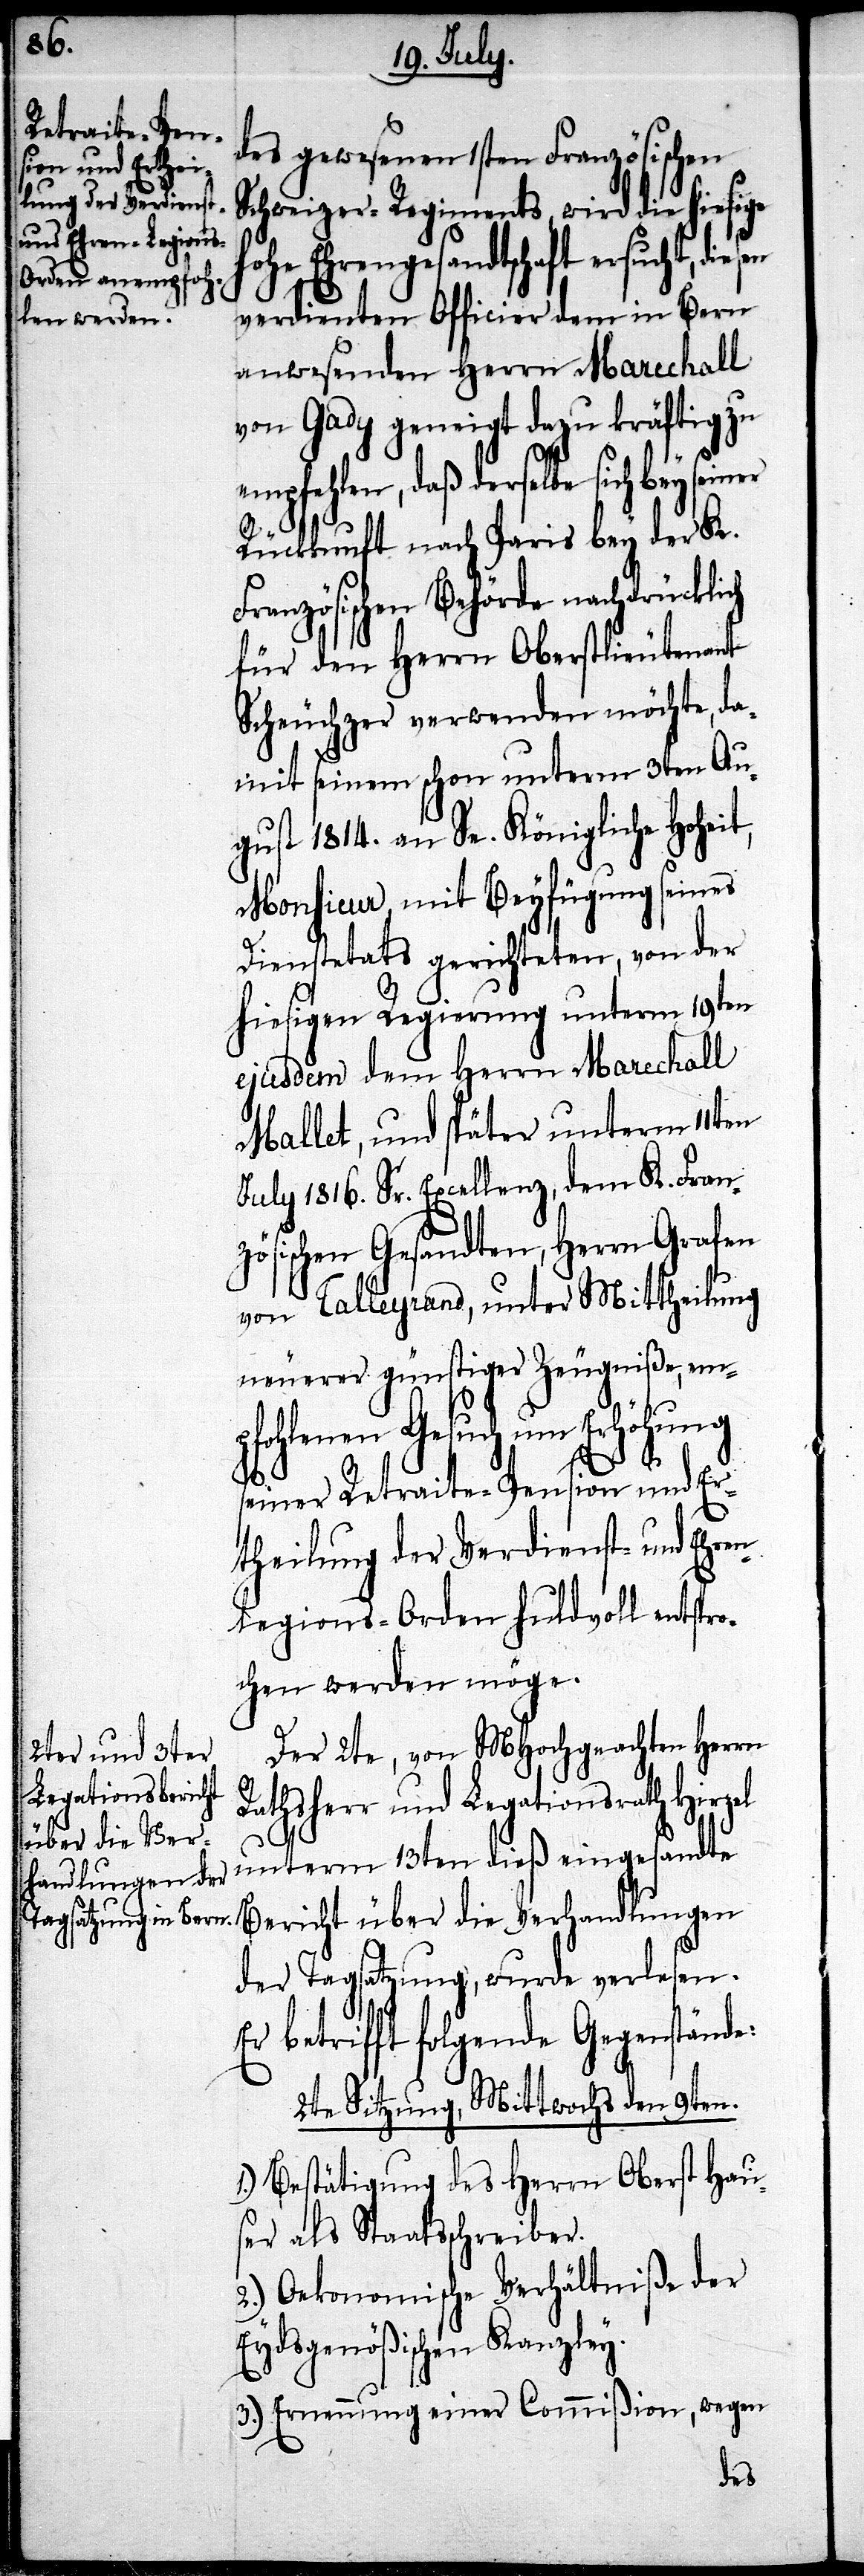
des gewesenen 1sten Französischen
Schweizer-Regiments, wird die hiesige
hohe Ehrengesandtschaft ersucht,
verdienten Officier dem in Bern
anwesenden Herrn Marechall
von Gady geneigt dazu kräftig zu
empfehlen, daß derselbe sich bey seiner
Rückkunft nach Paris bey der K.
Französischen Behörde nachdrücklich
für den Herrn Oberstlieutenant
Scheuchzer verwenden möchte, da¬
mit seinem schon unterm 3ten Au¬
gust 1814. an Se. Königliche Hoheit,
Monsieur, mit Beyfügung seines
Dienstetats gerichteten, von der
hiesigen Regierung unterm 19ten
ejusdem dem Herrn Marechall
Mallet, und später unterm 11ten
July 1816. Sr. Excellenz, dem K. Fran¬
zösischen Gesandten, Herrn Grafen
von Talleyrand, unter Mittheilung
neuerer günstiger Zeugniße, em¬
pfohlenen Gesuch um Erhöhung
seiner Retraite-Pension und Er¬
theilung der Verdienst- und Ehren¬
legions-Orden huldvoll entspro¬
chen werden möge.
Der 2te, von MHochgeachten Herrn
Rathsherr und Legationsrath Hirzel
unterm 13ten dieß eingesandte
Bericht über die Verhandlungen
der Tagsatzung, wurde verlesen.
Er betrifft folgende Gegenstände:
2te Sitzung, Mittwochs den 9ten.
Bestätigung des Herrn Oberst Hau¬
ser als Staatsschreiber.
2.) Oekonomische Verhältniße der
Eydsgenößischen Kanzley.
3.) Ernennung einer Commißion, wegen